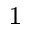
_ 1